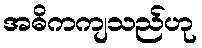
အဓိကကျသည်ဟု